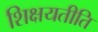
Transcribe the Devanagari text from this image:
शिक्षयतीति